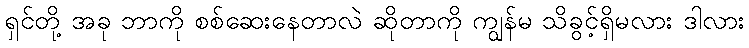
ရှင်တို့ အခု ဘာကို စစ်ဆေးနေတာလဲ ဆိုတာကို ကျွန်မ သိခွင့်ရှိမလား ဒါလား